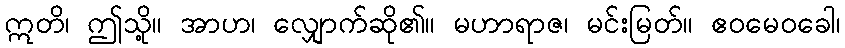
ဣတိ၊ ဤသို့။ အာဟ၊ လျှောက်ဆို၏။ မဟာရာဇ၊ မင်းမြတ်။ ဧဝမေဝခေါ၊